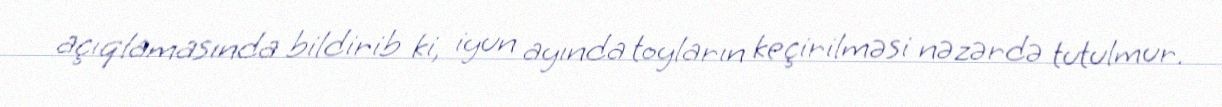
açıqlamasında bildirib ki, iyun ayında toyların keçirilməsi nəzərdə tutulmur.